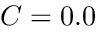
C = 0 . 0